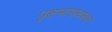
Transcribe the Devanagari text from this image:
पृष्टभागावरून